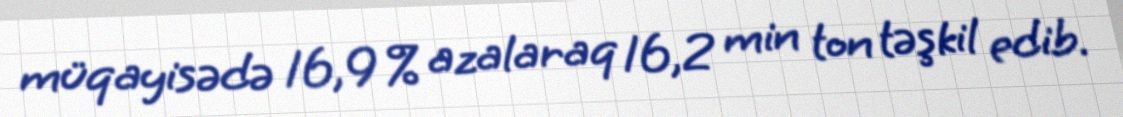
müqayisədə 16,9 % azalaraq 16,2 min ton təşkil edib.